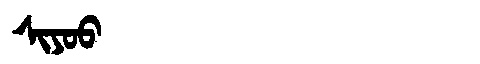
Manchu: ᠰᡳᠶᠣᠣ
Romanization: SIYOO